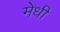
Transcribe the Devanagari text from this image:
मेधी